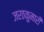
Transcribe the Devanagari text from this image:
जरठकुमारी